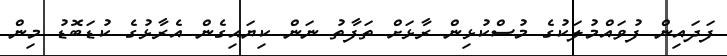
ފަދައިން ފުވައްމުލަކުގެ މުސްކުޅިން ރާޅަށް ތަފާތު ނަން ކިޔައިގެން އެރާޅުގެ ކުޑަބޮޑު މިން